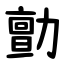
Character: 勯